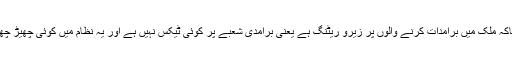
انہوںنے کہاکہ ملک میں برآمدات کرنے والوں پر زیرو ریٹنگ ہے یعنی برآمدی شعبے پر کوئی ٹیکس نہیں ہے اور یہ نظام میں کوئی چھیڑ چھاڑ نہیں کی۔